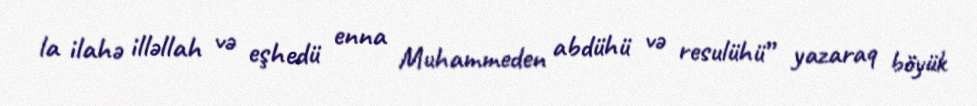
la ilahə illəllah və eşhedü enna Muhammeden abdühü və resulühü” yazaraq böyük